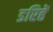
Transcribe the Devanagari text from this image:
डरिहें